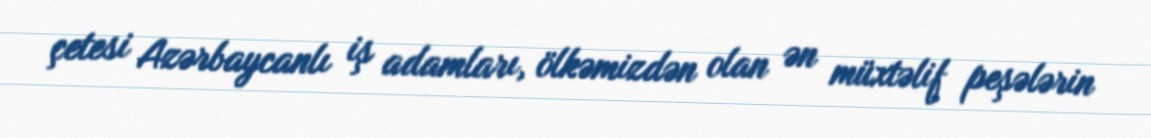
çetesi Azərbaycanlı iş adamları, ölkəmizdən olan ən müxtəlif peşələrin